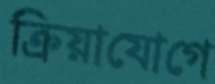
ক্রিয়াযোগে